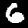
Digit: 6